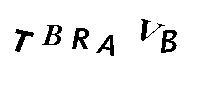
TBRAVB